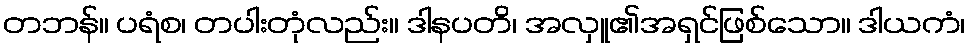
တဘန်။ ပရံစ၊ တပါးတုံလည်း။ ဒါနပတိ၊ အလှူ၏အရှင်ဖြစ်သော။ ဒါယကံ၊